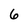
Character: 6